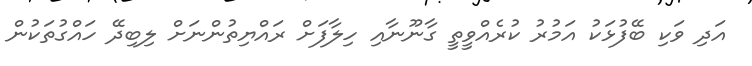
އަދި ވަކި ބޭފުޅަކު އަމުރު ކުރެއްވީތީ ގާނޫނާއި ހިލާފަށް ރައްޔިތުންނަށް ލިބިދޭ ހައްގުތަކުން